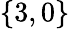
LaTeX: \left\{ 3,0\right\}